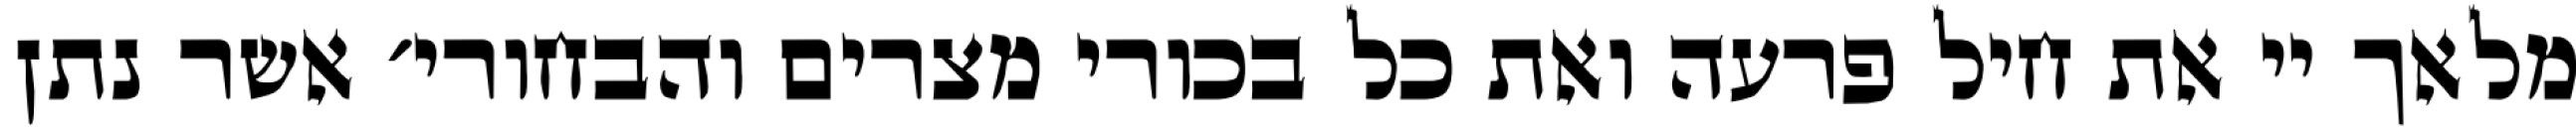
מלאך יי את חיל פרעה ואת כל בכורי מצרים והבחורי׳ אשר נתן